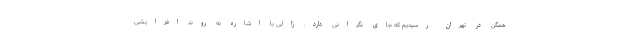
همگن در تهران رسیدیم که جای نگرانی دارد. زالی با اشاره به روند افزایشی